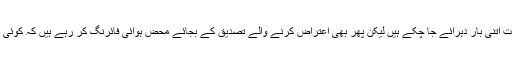
انتہائی حیرت کا مقام ہے کہ ثبوت اتنی بار دہرائے جا چکے ہیں لیکن پھر بھی اعتراض کرنے والے تصدیق کے بجائے محض ہوائی فائرنگ کر رہے ہیں کہ کوئی مسئلہ نہیں ہے، سب بکواس ہے۔